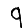
Digit: 9